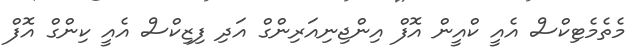
މެތެމެޓިކްސް އެއީ ކްއީން އޮފް އިންޖިނިއަރިންގް އަދި ފިޒިކްސް އެއީ ކިންގް އޮފް